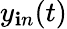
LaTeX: y_{\mathbf{i}n}(t)